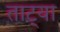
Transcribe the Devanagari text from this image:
ताट्या